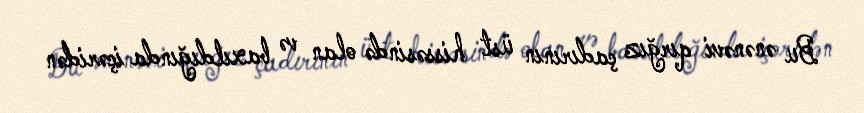
Bu ənənəvi qırğız çadırının üst hissəsində olan və baxıldığında içəridən